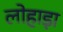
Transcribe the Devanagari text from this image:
लोहाड़ा